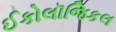
ઈકોલૉજિકલ